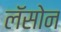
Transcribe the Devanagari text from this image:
लॅसोन